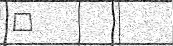
٩